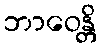
ဘာဝေန္တိ